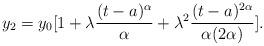
LaTeX: \begin{align*} y_2=y_0[1+ \lambda \frac{(t-a)^\alpha}{\alpha}+\lambda ^2 \frac{(t-a)^{2\alpha}}{\alpha(2\alpha)}].\end{align*}